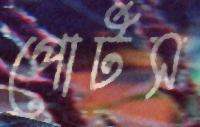
পোর্টস